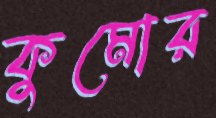
কুমোর